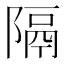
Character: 隔